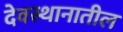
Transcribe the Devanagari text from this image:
देवस्थानातील